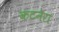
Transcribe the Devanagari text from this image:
कटनेरा